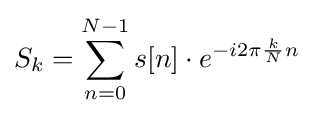
S_{k}=\sum _{n=0}^{N-1}s[n]\cdot e^{-i2\pi {\frac {k}{N}}n}